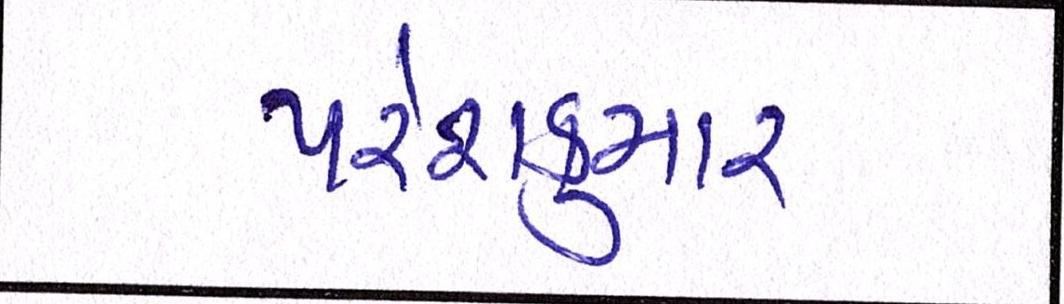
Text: પરેશકુમાર